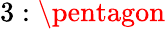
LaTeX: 3:\pentagon